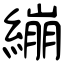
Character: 繃